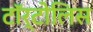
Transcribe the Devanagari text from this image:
टॉर्टोलिस